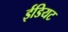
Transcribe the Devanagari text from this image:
ईडियट